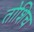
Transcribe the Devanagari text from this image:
तोशिच